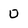
Character: D